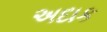
અદાક